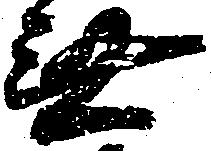
無